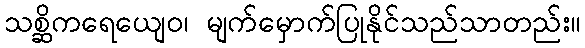
သစ္ဆိကရေယျေဝ၊ မျက်မှောက်ပြုနိုင်သည်သာတည်း။